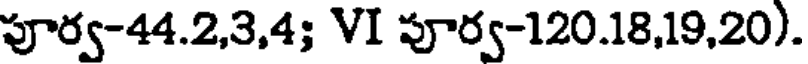
పూర్వ-44.2,3,4; VI పూర్వ-120.18,19,20).